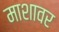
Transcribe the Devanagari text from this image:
माशावर